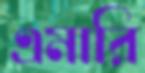
এমারি